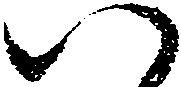
い